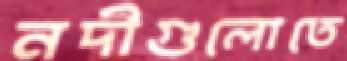
নদীগুলোতে